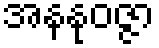
အနနုဝဇ္ဇာ